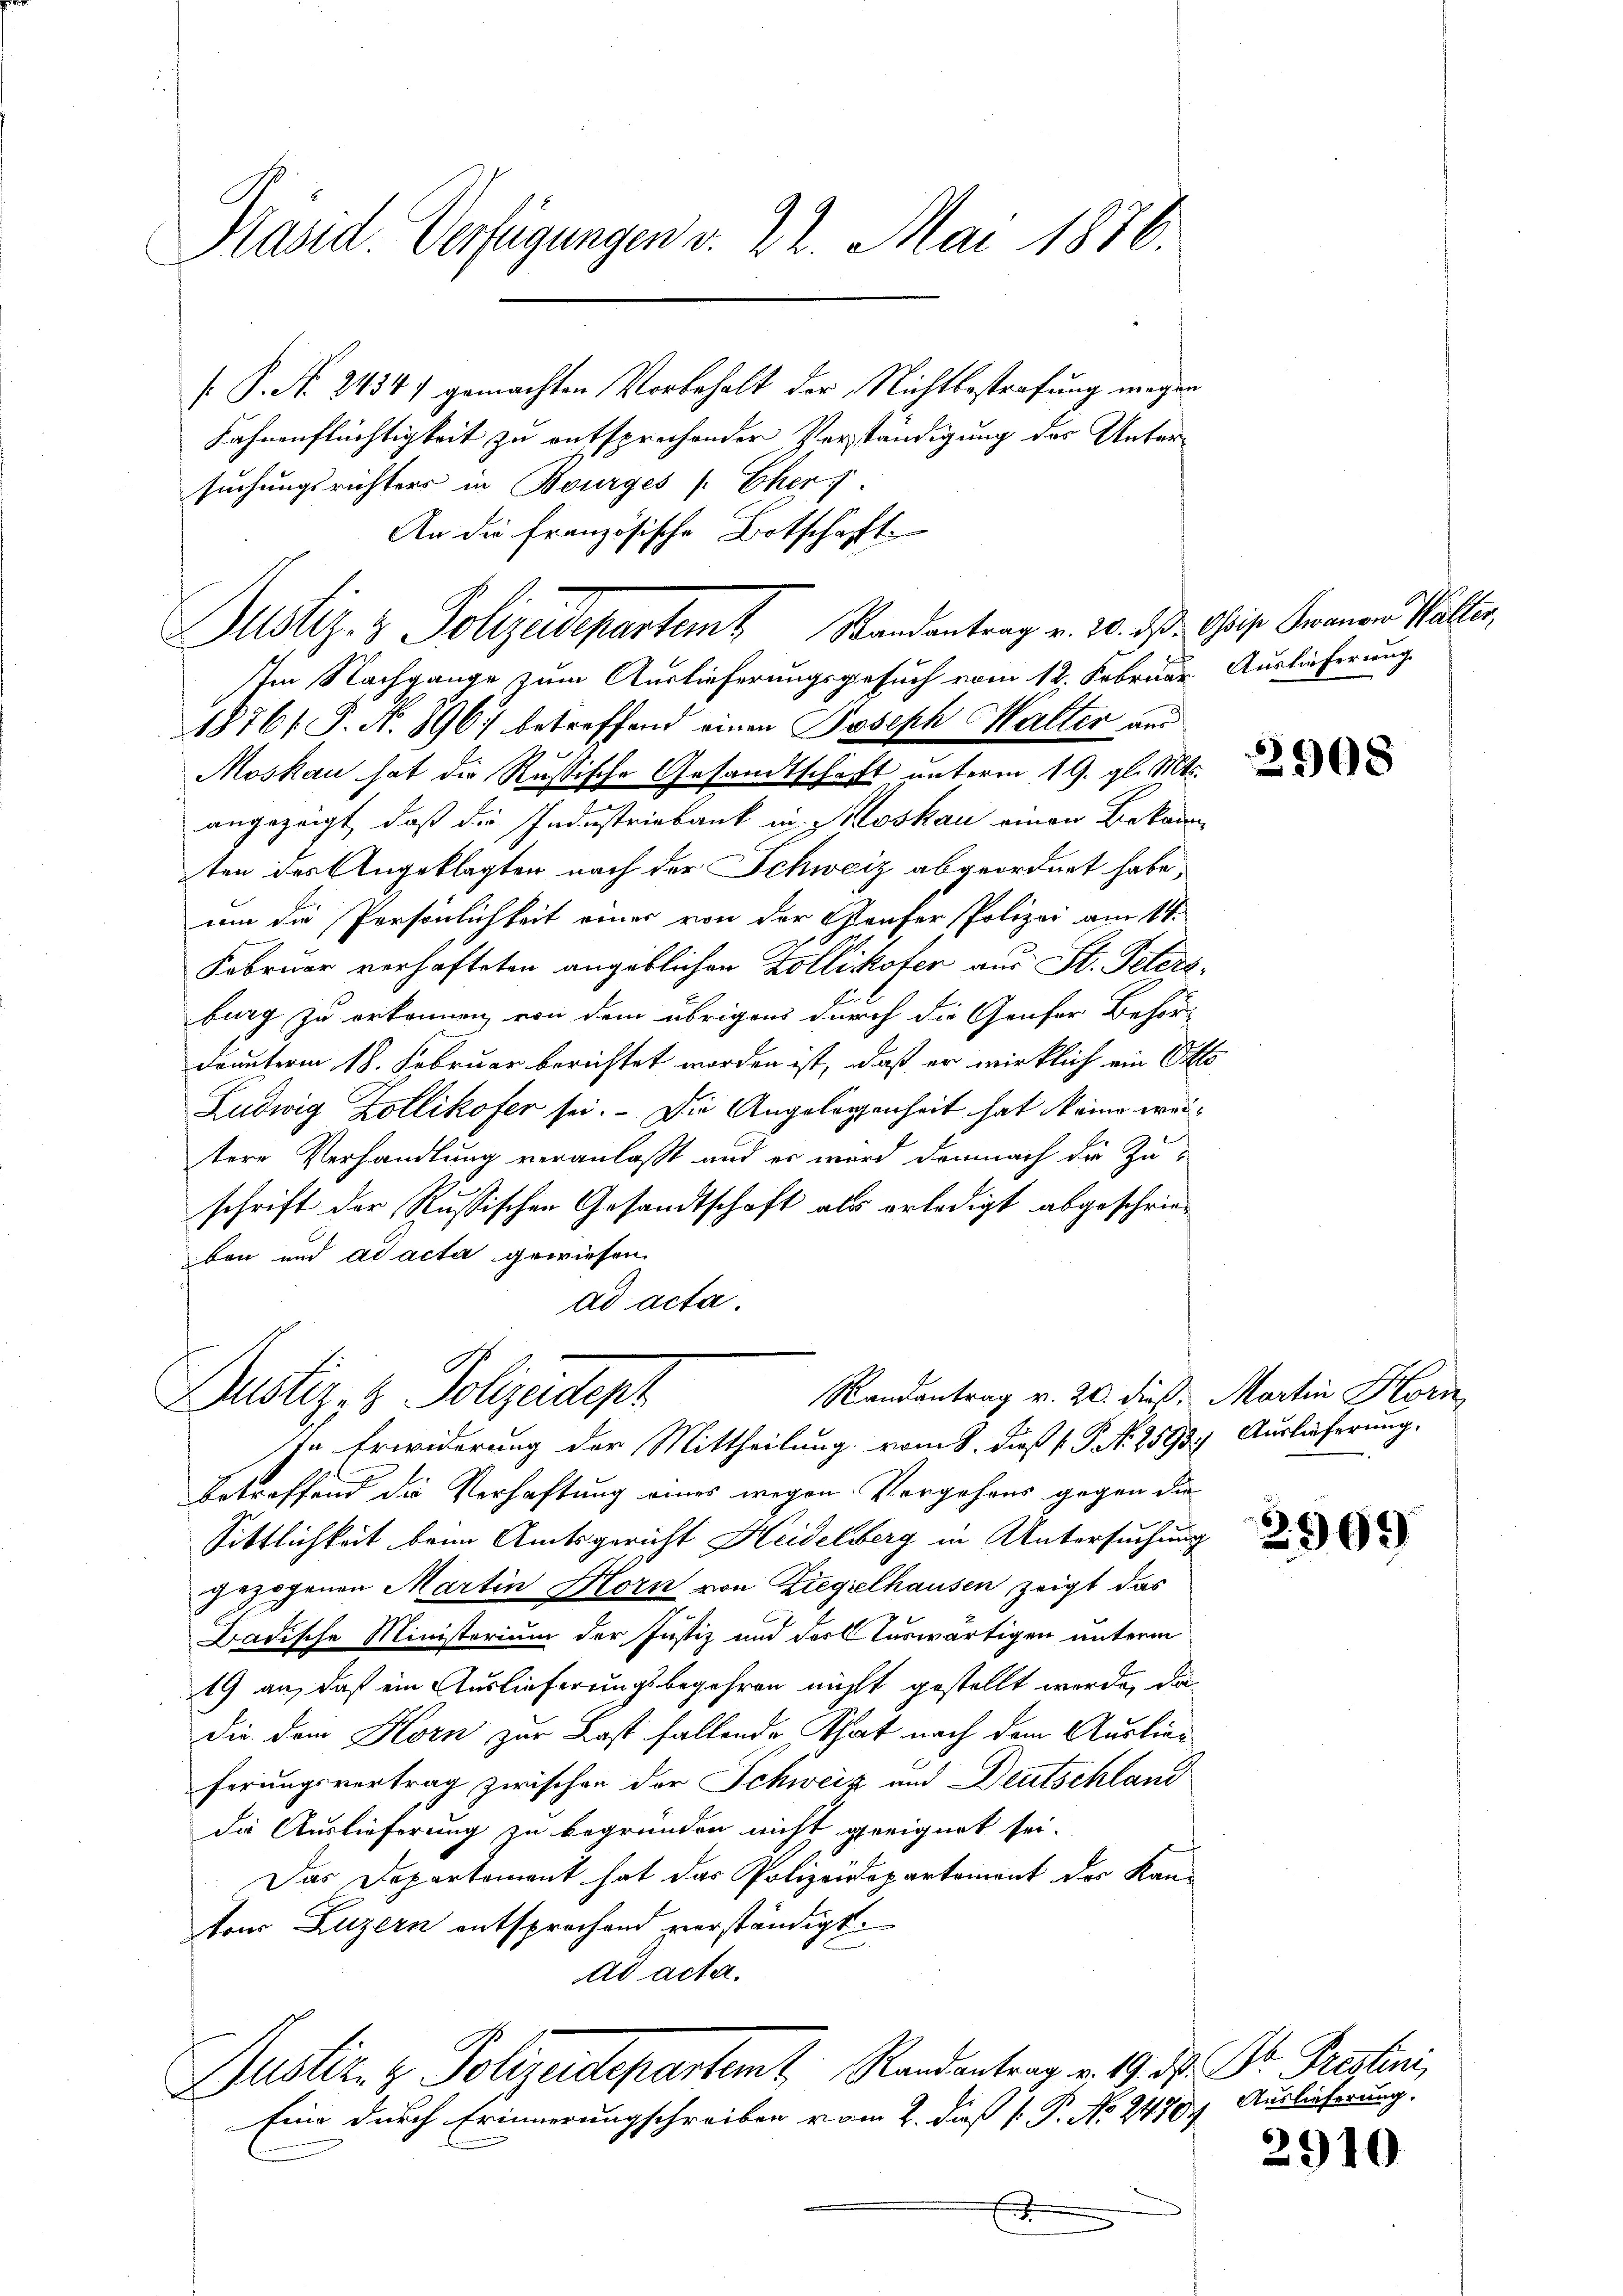
Präsid. Verfügungen v. 22. Mai 1876.

Justiz- & Polizeidepartem Randantrag v. 20. d. Chris Granen Walter,

[P. N. 2434) gemachten Vorbehalt der Nichtbestrafung megen
Fahnenflüchtigkeit zu entsprechender Verständigung des Untersuchungsrichters in Bourges Eher
An die französische Botschaft
Im Nachgange zum Auslieferungsgesuch vom 12. Februar Auslieferung
1876/ P. N. 896. betreffend einen Joseph Halter aus
Moskau hat die Russische Gesandtschaft unterm 19. gl. Mts.
angezeigt, daß die Industriebank in Moskau einen Bekann
ten des Angeklagten nach der Schweiz abgeordnet habe,
um die Persönlichkeit einer von der Genfer Polizei am 11.
Februar verhafteten angeblichen Zollikofer aus St. Petersburg zu erkennen, von dem übrigens durch die Genfer Behör-
drunteren 18. Februar berichtet worden ist, daß er wirklich ein Otti
Ludwig Zollikofer sei. Die Angelegenheit hat keine weitere Verhandlung veranlaßt und er wird demnach die Zuschrift der Russischen Gesandtschaft als erledigt abgeschrieben und ad acta gewiesen.
ad acta.
Randantrag v. 20. dieß, Martin Horn
Dustiz- & Polizeidept
In Erwiderung der Mittheilung vom 8. daß P. N. 2593. Auslieferung.
betreffend die Verhaftung eines wegen Vergehens gegen die
Sittlichkeit beim Amtsgericht Heidelberg in Untersuchung
gezogenen Martin Horn von Ziegelhausen, zeigt das
Dadische Ministerium der Justiz und der Auswärtigen unterm
19 an, daß ein Auslieferungsbegehren nicht gestellt werde, da
die dem Korn zur Last fallende That nach dem Auslieferungsvertrag zwischen der Schweiz und Deutschland
die Auslieferung zu begründen nicht geeignet sei.
Das Departement hat das Polizeidepartement der Kanton Luzern entsprechend verständigt.
ad acta.
Justiz- & Polizeidepartemt. Randantrag v. 19. d. Dr. Fristini,
Eine durch Erinnerungschreiben vom 2. daß [ P. No. 2470. Auslieferung.
.

2908

2909

2910